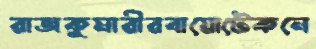
রাজকুমারীরবায়োটেকনে